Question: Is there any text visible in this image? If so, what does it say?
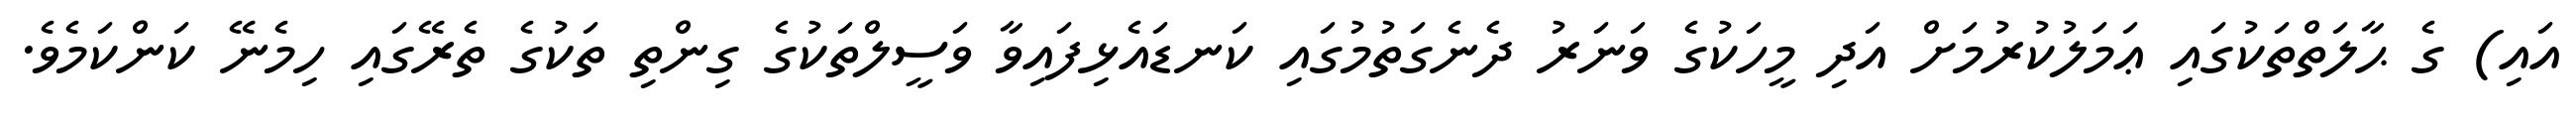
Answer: އައި) ގެ ޙާލަތްތަކުގައި ޢަމަލުކުރުމަށް އަދި މީހަކުގެ ވަނަރު ދެނެގަތުމުގައި ކަނޑައެޅިފައިވާ ވަސީލްތަކުގެ ގިންތި ތަކުގެ ތެރޭގައި ހިމެނޭ ކަންކަމެވެ.